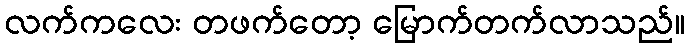
လက်ကလေး တဖက်တော့ မြောက်တက်လာသည်။